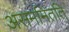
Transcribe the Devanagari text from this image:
असममितति